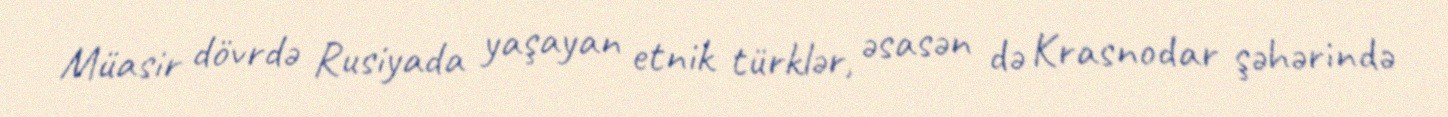
Müasir dövrdə Rusiyada yaşayan etnik türklər, əsasən də Krasnodar şəhərində